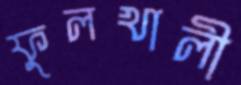
ফুলখালী